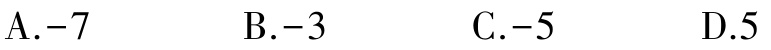
A.$-7$  B.$-3$  C.$-5$  D.$5$